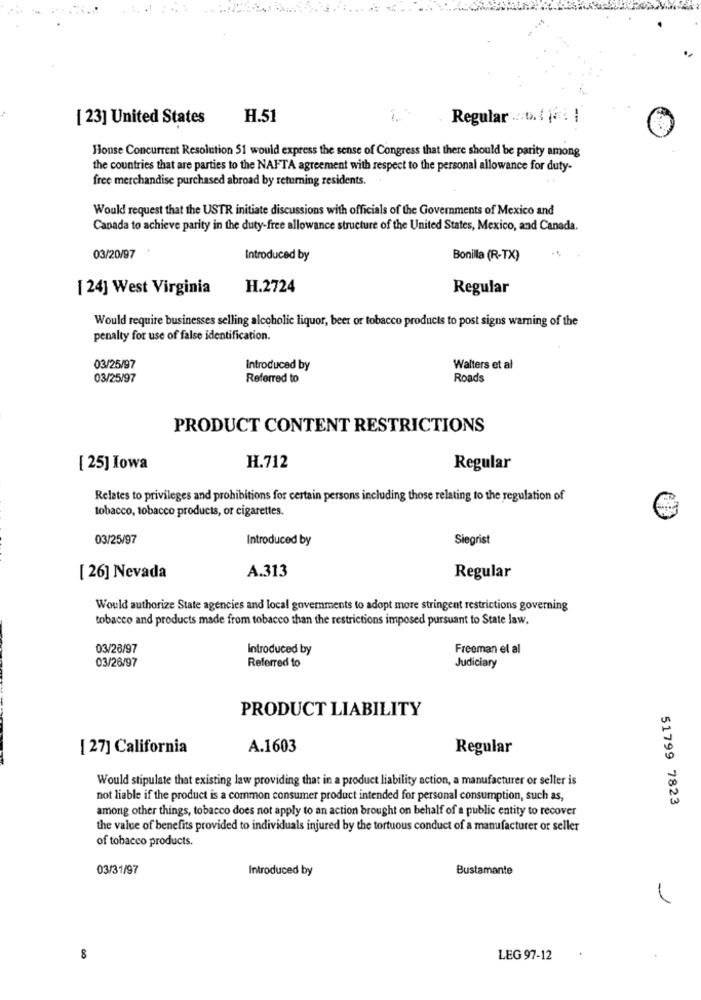
[ 23] United States
H.51
Regular :::. ( 16: 1
House Concurrent Resolution 51 would express the sense of Congress that there should be parity among
the countries that are parties to the NAFTA agreement with respect to the personal allowance for duty-
free merchandise purchased abroad by returning residents.
Would request that the USTR initiate discussions with officials of the Governments of Mexico and
Canada to achieve parity in the duty-free allowance structure of the United States, Mexico, and Canada.
03/20/97
Introduced by
Bonilla (R-TX)
[ 24] West Virginia
H.2724
Regular
Would require businesses selling alcoholic liquor, beer or tobacco products to post signs warning of the
penalty for use of false identification.
03/25/97
introduced by
Walters et al
03/25/97
Referred to
Roads
PRODUCT CONTENT RESTRICTIONS
[ 25] Iowa
H.712
Regular
Relates to privileges and prohibitions for certain persons including those relating to the regulation of
tobacco, tobacco products, or cigarettes.
03/25/97
Introduced by
Siegrist
A.313
[ 26] Nevada
Regular
Would authorize State agencies and local governments to adopt more stringent restrictions governing
tobacco and products made from tobacco than the restrictions imposed pursuant to State law.
03/28/97
Introduced by
Freeman el al
03/26/97
Referred to
Judiciary
PRODUCT LIABILITY
[ 27] California
A.1603
Regular
Would stipulate that existing law providing that in a product liability action, a manufacturer or seller is
not liable if the product is a common consumer product intended for personal consumption, such as,
51799 7823
among other things, tobacco does not apply to an action brought on behalf of a public entity to recover
the value of benefits provided to individuals injured by the tortuous conduct of a manufacturer or seller
of tobacco products.
03/31/97
Introduced by
Bustamante
8
LEG 97-12